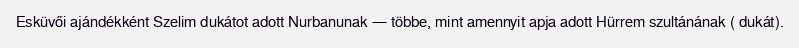
Esküvői ajándékként Szelim dukátot adott Nurbanunak — többe, mint amennyit apja adott Hürrem szultánának ( dukát).